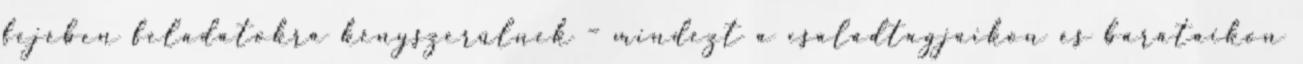
fejében feladatokra kényszerülnek – mindezt a családtagjaikon és barátaikon